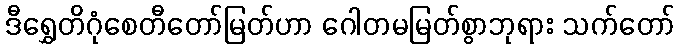
ဒီရွှေတိဂုံစေတီတော်မြတ်ဟာ ဂေါတမမြတ်စွာဘုရား သက်တော်